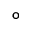
\circ